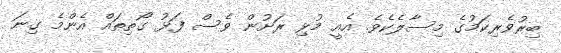
ބިރުވެރިކަމުގެ މިސާލެކެވެ. އެއީ މުޅި ރަށުން ވެސް ފަޅު ގޯތިތައް އެންމެ ގިނަ